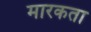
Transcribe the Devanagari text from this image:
मारकता